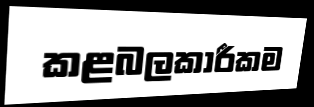
කළබලකාරීකම